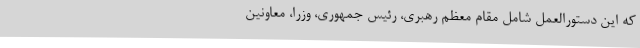
که این دستورالعمل شامل مقام معظم رهبری، رئیس جمهوری، وزرا، معاونین